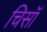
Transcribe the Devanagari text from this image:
चिसॉ